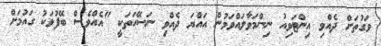
ވަގުތަށް ދެއްވި އިންޓަވިއު ނިންމަވާލައްވަމުން އައްޔަ ދެއްވި ނަސޭހަތަކީ "އެއްވެސް ބޭފުޅަކު ގައުމަށް